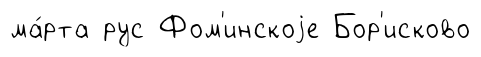
ма́рта рус Фом'инскоjе Бор'исково